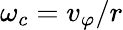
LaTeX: \omega_{c}=v_{\varphi}/r